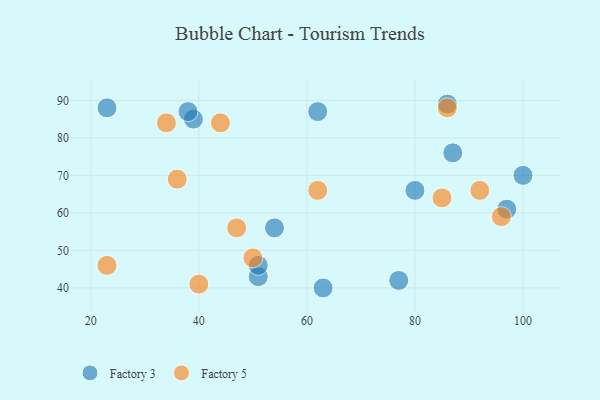
{"axis": {"x": "GDP", "y": "Life Expectancy"}, "legend": ["Factory 3", "Factory 5"], "data": [{"x": "39", "y": 85, "type": "Factory 3"}, {"x": "63", "y": 40, "type": "Factory 3"}, {"x": "38", "y": 87, "type": "Factory 3"}, {"x": "54", "y": 56, "type": "Factory 3"}, {"x": "77", "y": 42, "type": "Factory 3"}, {"x": "87", "y": 76, "type": "Factory 3"}, {"x": "86", "y": 89, "type": "Factory 3"}, {"x": "51", "y": 43, "type": "Factory 3"}, {"x": "80", "y": 66, "type": "Factory 3"}, {"x": "62", "y": 87, "type": "Factory 3"}, {"x": "23", "y": 88, "type": "Factory 3"}, {"x": "51", "y": 46, "type": "Factory 3"}, {"x": "97", "y": 61, "type": "Factory 3"}, {"x": "100", "y": 70, "type": "Factory 3"}, {"x": "92", "y": 66, "type": "Factory 5"}, {"x": "86", "y": 88, "type": "Factory 5"}, {"x": "62", "y": 66, "type": "Factory 5"}, {"x": "23", "y": 46, "type": "Factory 5"}, {"x": "40", "y": 41, "type": "Factory 5"}, {"x": "47", "y": 56, "type": "Factory 5"}, {"x": "85", "y": 64, "type": "Factory 5"}, {"x": "36", "y": 69, "type": "Factory 5"}, {"x": "50", "y": 48, "type": "Factory 5"}, {"x": "96", "y": 59, "type": "Factory 5"}, {"x": "34", "y": 84, "type": "Factory 5"}, {"x": "44", "y": 84, "type": "Factory 5"}]}